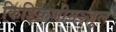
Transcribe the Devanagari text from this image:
किङ्किणीमञ्जुलं